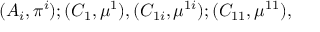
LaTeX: ( A _ { i } , \pi ^ { i } ) ; ( C _ { 1 } , \mu ^ { 1 } ) , ( C _ { 1 i } , \mu ^ { 1 i } ) ; ( C _ { 1 1 } , \mu ^ { 1 1 } ) ,